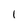
Character: l